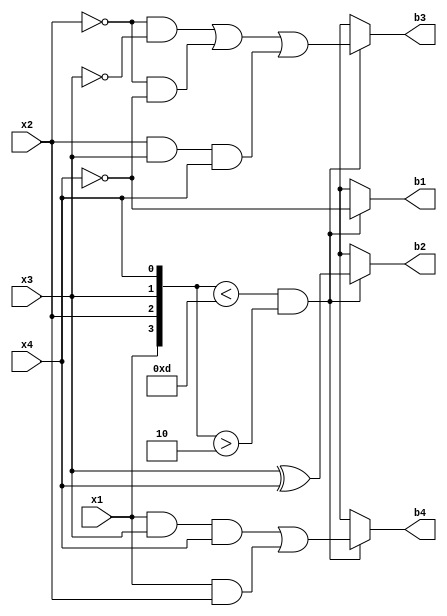
module ex3_BCD(input x1,x2,x3,x4, output reg b1,b2,b3,b4);
always@(*)
begin
if({x1,x2,x3,x4}<13 && {x1,x2,x3,x4}>2)
begin
 b1 = ~x4;
 b2 = x3^x4;
 b3 = (~x2 & ~x3) | (~x2 & ~x4) | (x2 & x3 & x4);
 b4 = (x1 & x3 & x4) | (x1 & x2);
end 
else
 {b1,b2,b3,b4} = 4'bxxxx;
end
endmodule